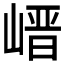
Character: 𡺽